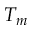
T _ { m }